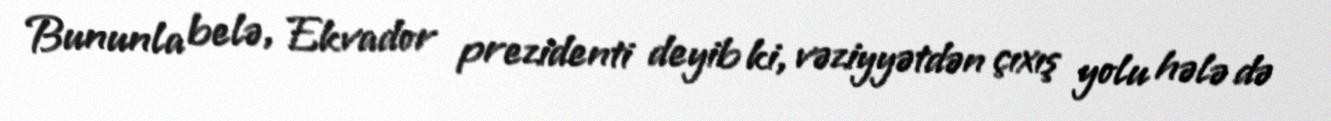
Bununla belə, Ekvador prezidenti deyib ki, vəziyyətdən çıxış yolu hələ də